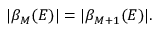
\begin{array} { r } { | \beta _ { M } ( E ) | = | \beta _ { M + 1 } ( E ) | . } \end{array}